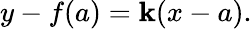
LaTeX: y-f(a)=\mathbf{k}(x-a).